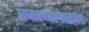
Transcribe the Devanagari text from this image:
स्कायलाइन